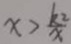
x > \frac { k 2 } { x }